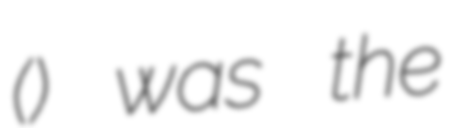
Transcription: (اتسز) was the